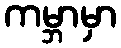
ကမ္ဘာမှာ